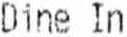
DINE IN